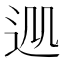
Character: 𨒁